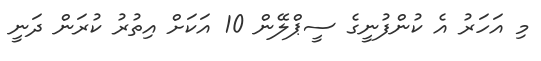
މި އަހަރު އެ ކުންފުނީގެ ސީޕްލޭން 10 އަކަށް އިތުރު ކުރަން ދަނީ